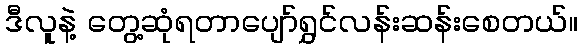
ဒီလူနဲ့ တွေ့ဆုံရတာပျော်ရွှင်လန်းဆန်းစေတယ်။